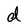
Character: d